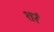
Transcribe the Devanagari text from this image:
शरं